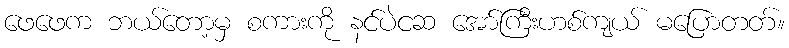
ဖေဖေက ဘယ်တော့မှ စကားကို နင်ပဲငဆ အော်ကြီးဟစ်ကျယ် မပြောတတ်။